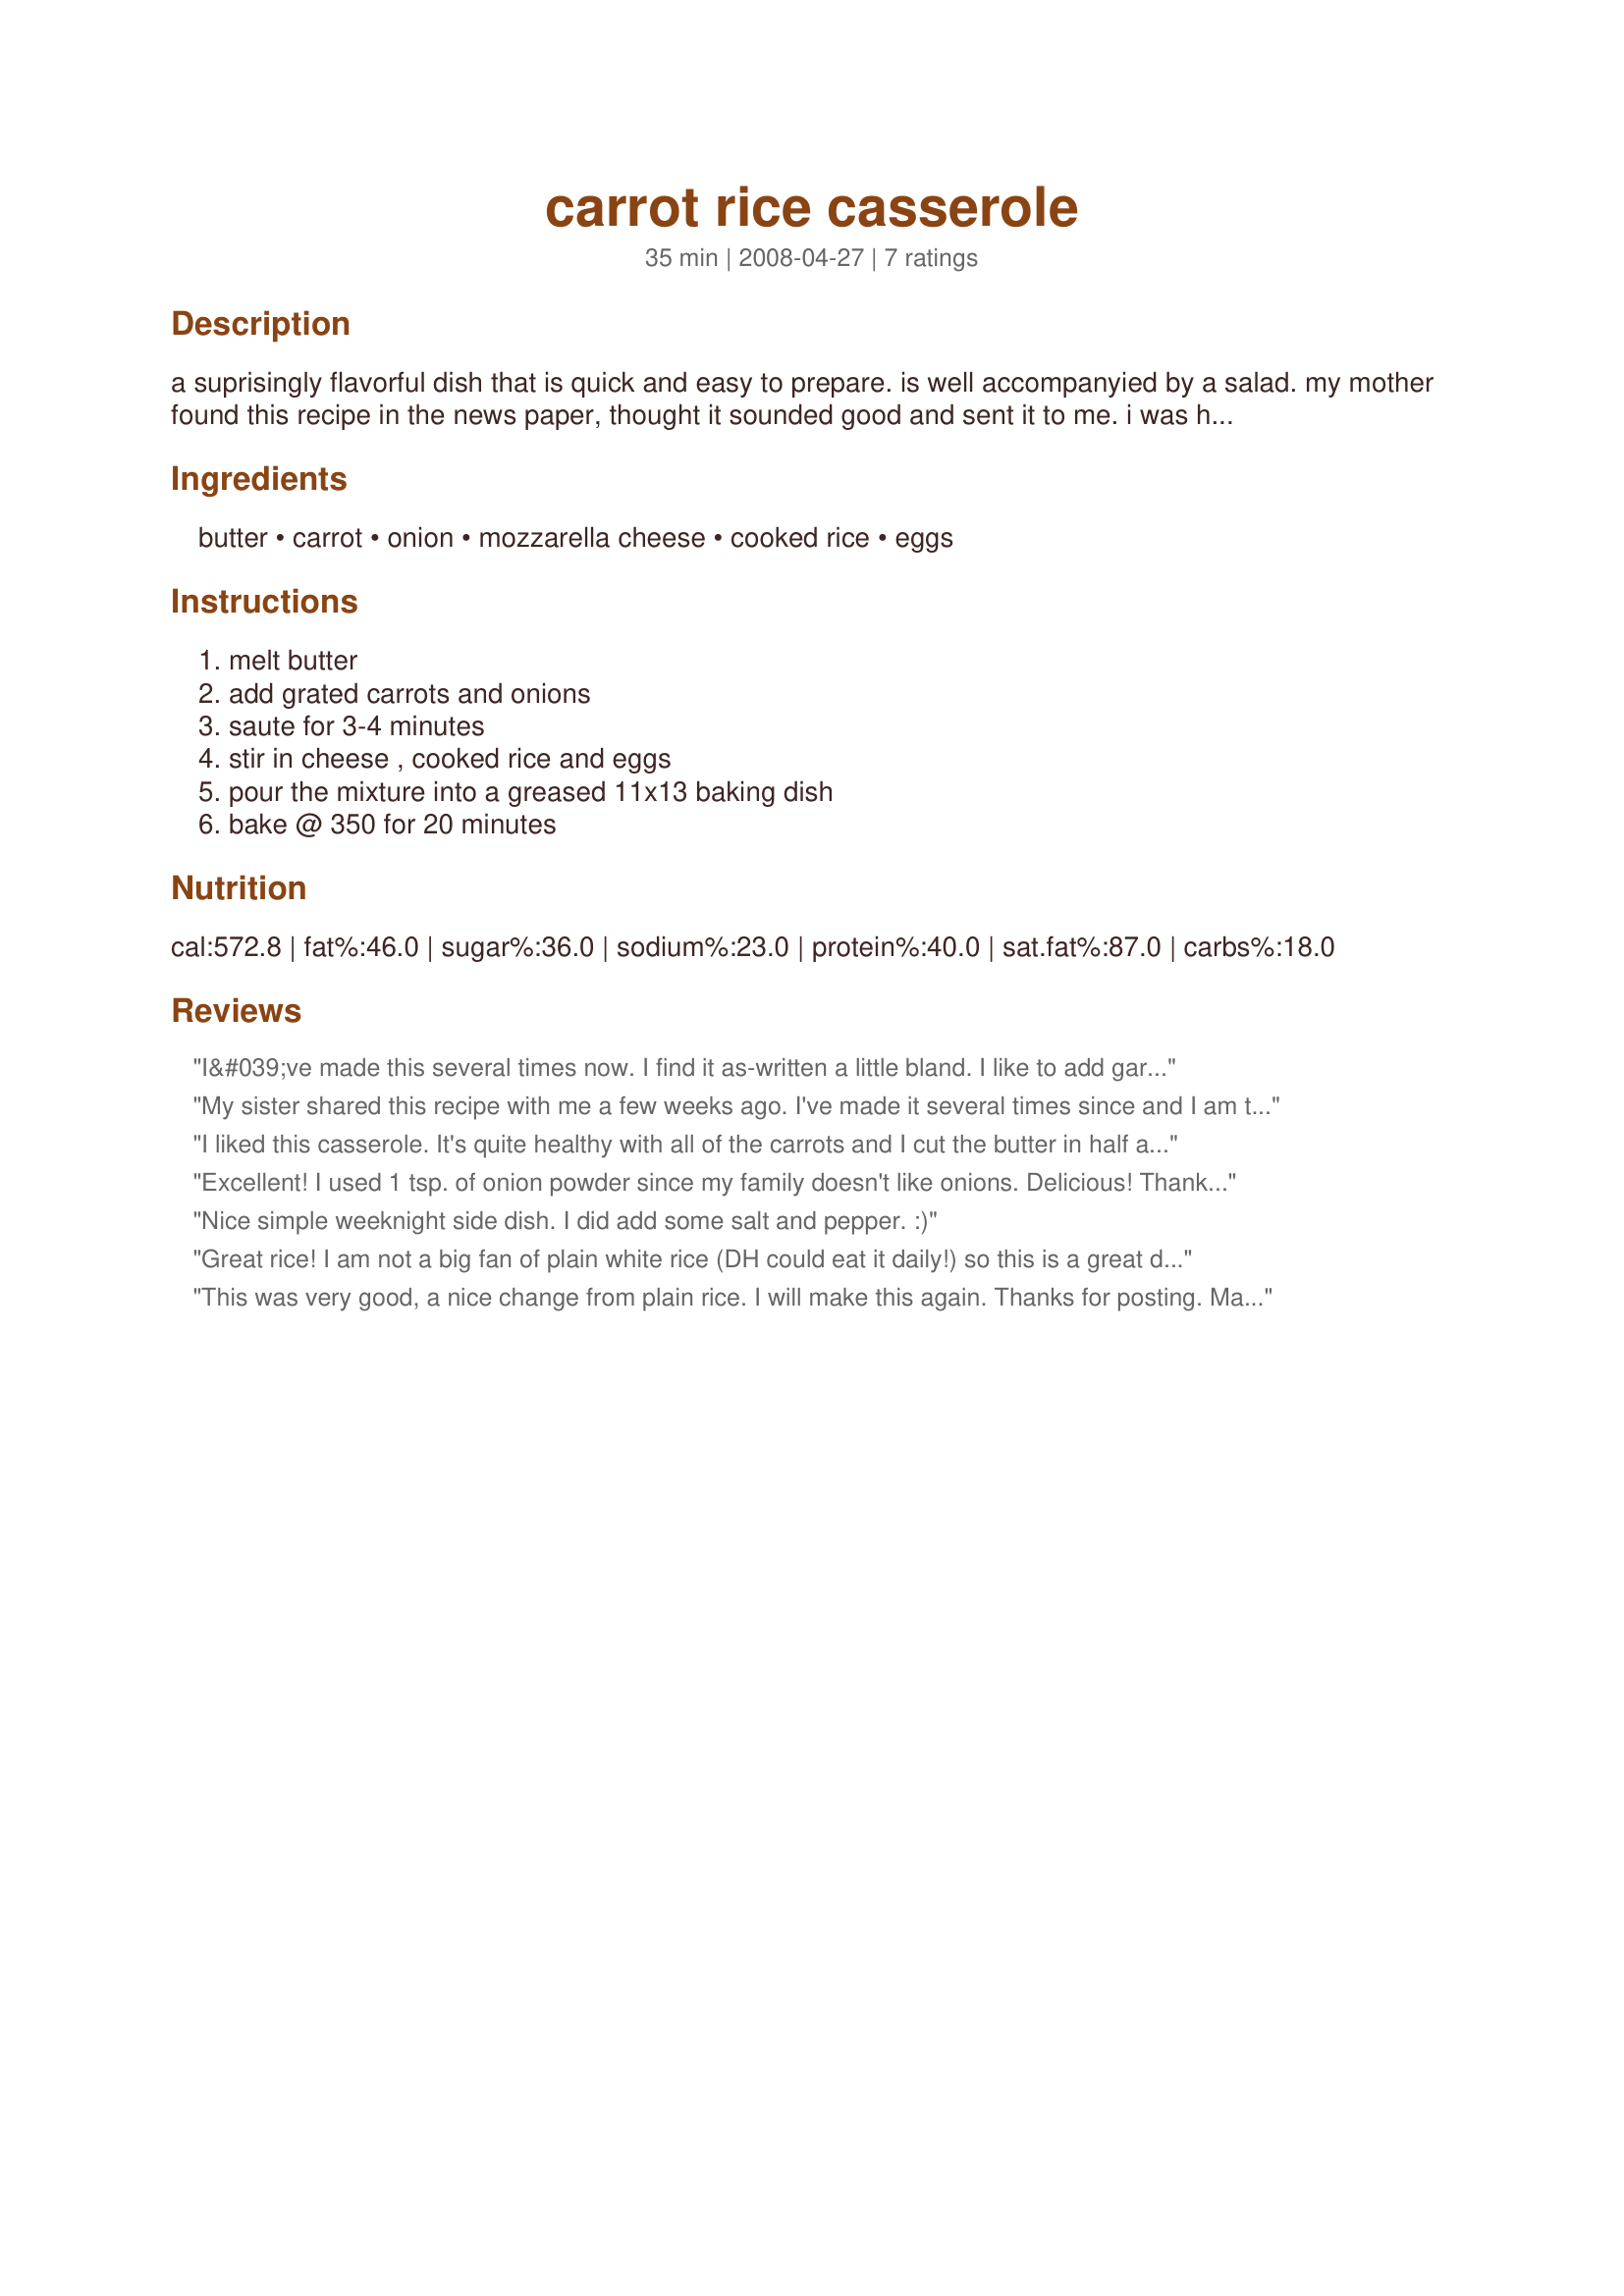
carrot rice casserole
Preparation time: 35 minutes

a suprisingly flavorful dish that is quick and easy to prepare. is well accompanyied by a salad.
my mother found this recipe in the news paper, thought it sounded good and sent it to me. i was hesitant but ultimately amazed at how good it is!

Ingredients:
butter, carrot, onion, mozzarella cheese, cooked rice, eggs

Steps:
melt butter, add grated carrots and onions, saute for 3-4 minutes, stir in cheese , cooked rice and eggs, pour the mixture into a greased 11x13 baking dish, bake @ 350 for 20 minutes

Reviews:
I&#039;ve made this several times now. I find it as-written a little bland. I like to add garlic, cheddar cheese, salt &amp; pepper and whatever spices/herbs catch my eye. You could throw most anything into this and it will work!
My sister shared this recipe with me a few weeks ago. I've made it several times since and I am thinking of making it again tomorrow. It's such a simple recipe, yet so good.

I only use 2 Tbsp of butter and I'm going to try and add some broccoli to it tomorrow.

This is a great recipe. Thanks for posting it!
I liked this casserole. It's quite healthy with all of the carrots and I cut the butter in half and used low fat mozza. A nice recipe to use as a side dish - it has the starch and the veggies. There was enough for about 6 of us. Thanks!
Excellent! I used 1 tsp. of onion powder since my family doesn't like onions. Delicious! Thanks so much!
Nice simple weeknight side dish. I did add some salt and pepper. :)
Great rice! I am not a big fan of plain white rice (DH could eat it daily!) so this is a great dish for us. I loved the addition of the cheese and that it did not overpower. Made for Eating Well in November Tag.
This was very good, a nice change from plain rice. I will make this again. Thanks for posting. Made C 2009.
